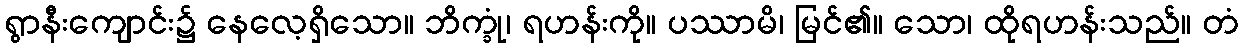
ရွာနီးကျောင်း၌ နေလေ့ရှိသော။ ဘိက္ခုံ၊ ရဟန်းကို။ ပဿာမိ၊ မြင်၏။ သော၊ ထိုရဟန်းသည်။ တံ